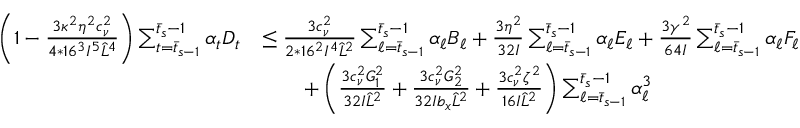
\begin{array} { r l } { \bigg ( 1 - \frac { 3 \kappa ^ { 2 } \eta ^ { 2 } c _ { \nu } ^ { 2 } } { 4 * 1 6 ^ { 3 } I ^ { 5 } \hat { L } ^ { 4 } } \bigg ) \sum _ { t = \bar { t } _ { s - 1 } } ^ { \bar { t } _ { s } - 1 } \alpha _ { t } D _ { t } } & { \leq \frac { 3 c _ { \nu } ^ { 2 } } { 2 * 1 6 ^ { 2 } I ^ { 4 } \hat { L } ^ { 2 } } \sum _ { \ell = \bar { t } _ { s - 1 } } ^ { \bar { t } _ { s } - 1 } \alpha _ { \ell } B _ { \ell } + \frac { 3 \eta ^ { 2 } } { 3 2 I } \sum _ { \ell = \bar { t } _ { s - 1 } } ^ { \bar { t } _ { s } - 1 } \alpha _ { \ell } E _ { \ell } + \frac { 3 \gamma ^ { 2 } } { 6 4 I } \sum _ { \ell = \bar { t } _ { s - 1 } } ^ { \bar { t } _ { s } - 1 } \alpha _ { \ell } F _ { \ell } } \\ & { \qquad + \left( \frac { 3 c _ { \nu } ^ { 2 } G _ { 1 } ^ { 2 } } { 3 2 I \hat { L } ^ { 2 } } + \frac { 3 c _ { \nu } ^ { 2 } G _ { 2 } ^ { 2 } } { 3 2 I b _ { x } \hat { L } ^ { 2 } } + \frac { 3 c _ { \nu } ^ { 2 } \zeta ^ { 2 } } { 1 6 I \hat { L } ^ { 2 } } \right) \sum _ { \ell = \bar { t } _ { s - 1 } } ^ { \bar { t } _ { s } - 1 } \alpha _ { \ell } ^ { 3 } } \end{array}